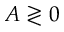
A \gtrless 0